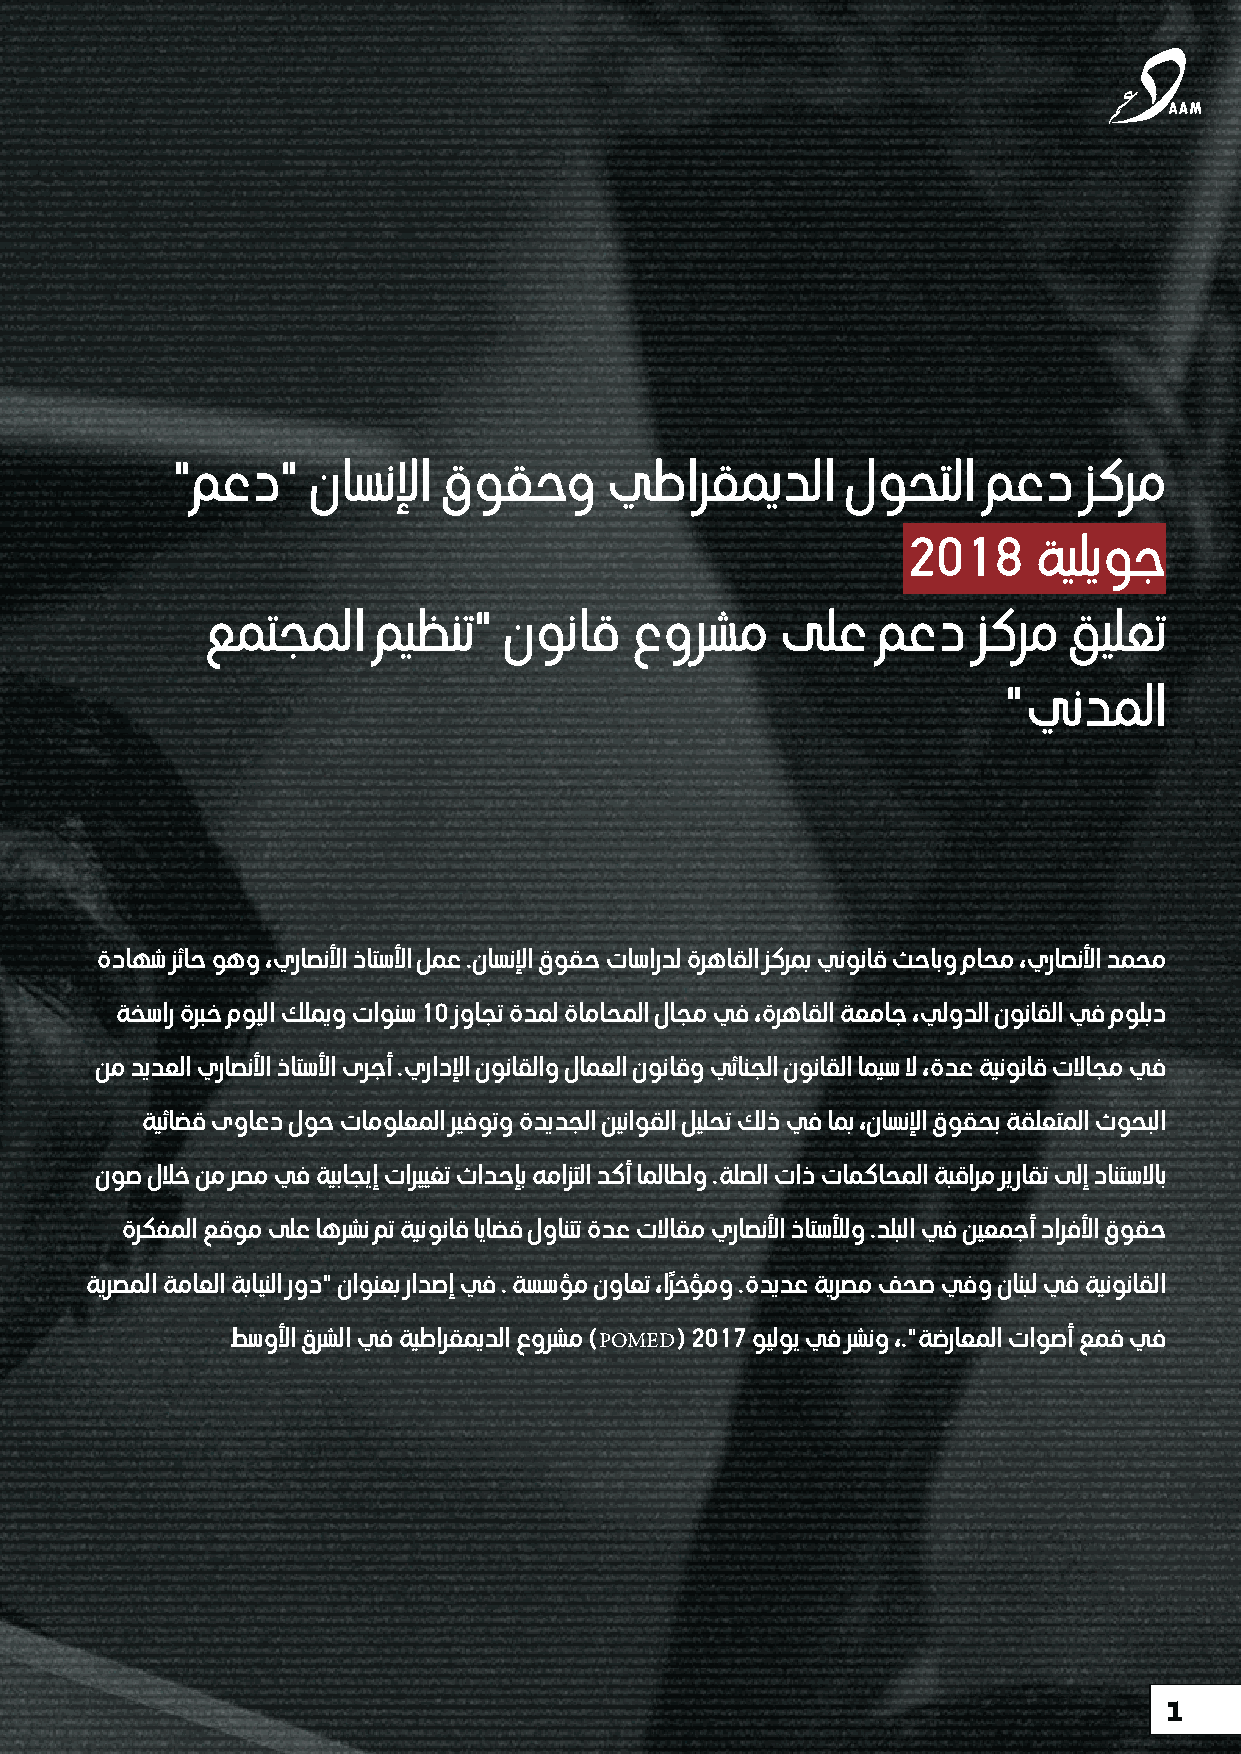
"معد"    ناسنلإا  قوقحو      يطارقميدلا      لوحتلا   معد    زكرم
 2018    ةيليوج
 عمتجملا     ميظنت"  نوناق    عورشم    ىلع    معد    زكرم  قيلعت
 "يندملا
 ةداهش زئاح وهو ،يراصنلأا ذاتسلأا لمع .ناسنلإا قوقح تاساردل ةرهاقلا زكرمب ينوناق ثحابو ماحم ،يراصنلأا دمحم
 ةخسار ةربخ مويلا كلميو تاونس 10 زواجت ةدمل ةاماحملا لاجم يف ،ةرهاقلا ةعماج ،يلودلا نوناقلا يف مولبد
 نم ديدعلا يراصنلأا ذاتسلأا ىرجأ .يرادلإا نوناقلاو لامعلا نوناقو يئانجلا نوناقلا اميس لا ،ةدع ةينوناق تلااجم يف
 ةيئاضق ىواعد لوح تامولعملا ريفوتو ةديدجلا نيناوقلا ليلحت كلذ يف امب ،ناسنلإا قوقحب ةقلعتملا ثوحبلا
 نوص للاخ نم رصم يف ةيباجيإ تارييغت ثادحإب همازتلا دكأ املاطلو .ةلصلا تاذ تامكاحملا ةبقارم ريراقت ىلإ دانتسلااب
 ةركفملا عقوم ىلع اهرشن مت ةينوناق اياضق لوانتت ةدع تلااقم يراصنلأا ذاتسلألو .دلبلا يف نيعمجأ دارفلأا قوقح
 ً
 ةيرصملا ةماعلا ةباينلا رود" ناونعب رادصإ يف . ةسسؤم نواعت ،ارخؤمو .ةديدع ةيرصم فحص يفو نانبل يف ةينوناقلا
 طسولأا قرشلا يف ةيطارقميدلا عورشم )POMED( 2017 ويلوي يف رشنو ،."ةضراعملا تاوصأ عمق يف
 1